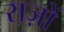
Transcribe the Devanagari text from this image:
राज़ों